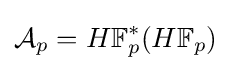
{\mathcal {A}}_{p}=H\mathbb {F} _{p}^{*}(H\mathbb {F} _{p})